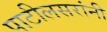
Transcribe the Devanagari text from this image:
पाटीलसरांनी